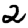
Digit: 2